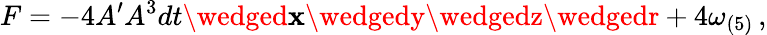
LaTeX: F=-4A^{\prime}A^{3}dt\wedged\mathbf{x}\wedgedy\wedgedz\wedgedr+4\omega_{(5)}\, ,